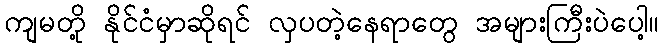
ကျမတို့ နိုင်ငံမှာဆိုရင် လှပတဲ့နေရာတွေ အများကြီးပဲပေါ့။